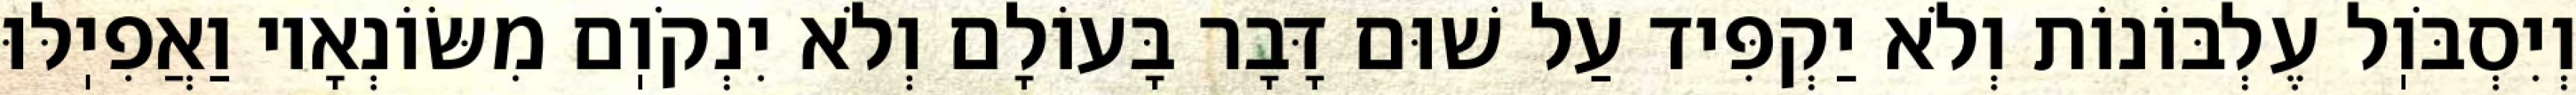
וְיִסְבֹּוֽל עֶלְבּוֹנוֹת וְלֹא יַקְפִּיד עַל שׁוּם דָּבָר בָּעוֹלָם וְלֹא יִנְקֹוֽם מִשּׂוֹנְאָיו וַאֲפִיֽלּוּ